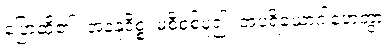
ပြောဆို၏။ အနနုဝိစ္စ၊ မစီစစ်မူ၍။ အပရိယောဂါဟေတွာ၊